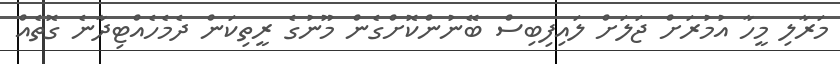
މަރާލި މީހާ އުމުރަށް ޖަލަށް ލައިފިބިސް ބޭނުންކޮށްގެން މޫނުގެ ރީތިކަން ދެމެހެއްޓިދާނެ ގޮތެއް